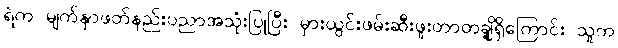
ရဲက မျက်နှာဖတ်နည်းပညာအသုံးပြုပြီး မှားယွင်းဖမ်းဆီးဖူးတာတချို့ရှိကြောင်း သူက